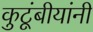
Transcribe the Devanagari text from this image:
कुटूंबीयांनी